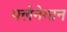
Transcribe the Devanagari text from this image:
फ्लेनेगान